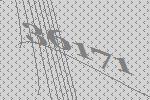
36171